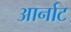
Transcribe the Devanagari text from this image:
आर्नाट